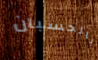
بالحسبان